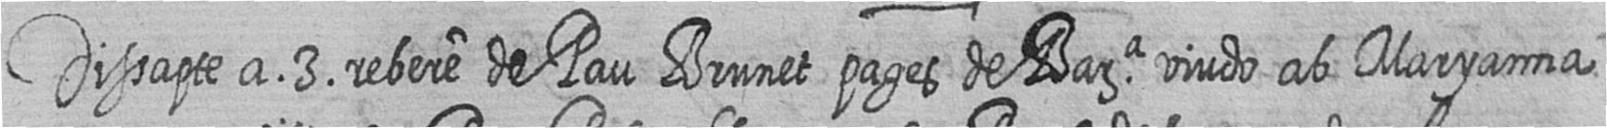
Dissapte a 3 rebere de Pau Brunet pages de Bara viudo ab Maryanna